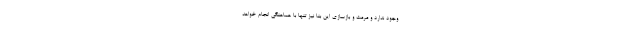
وجود ندارد و مرمت و بازسازی این بنا نیز تنها با هماهنگی انجام خواهد